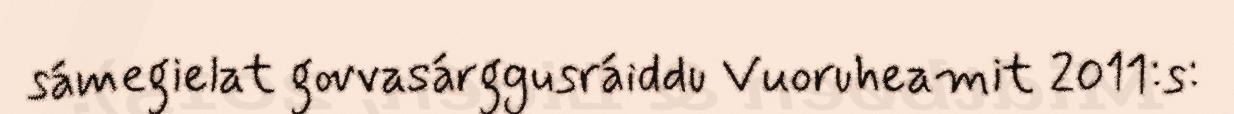
sámegielat govvasárggusráiddu Vuoruheamit 2011:s: